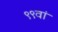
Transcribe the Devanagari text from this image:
९९वां